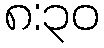
၈:၃၀